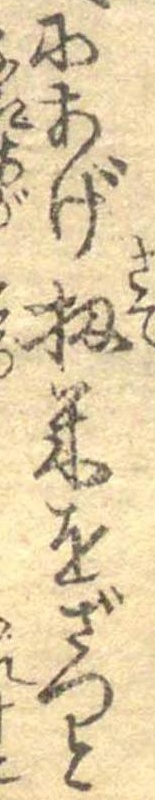
にあげ扨米をざつと